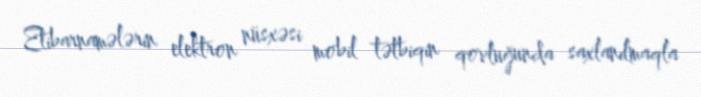
Etibarnamələrin elektron nüsxəsi mobil tətbiqin qovluğunda saxlanılmaqla